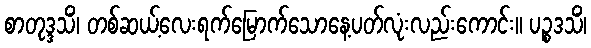
စာတုဒ္ဒသိံ၊ တစ်ဆယ့်လေးရက်မြောက်သောနေ့ပတ်လုံးလည်းကောင်း။ ပဉ္စဒသိံ၊